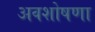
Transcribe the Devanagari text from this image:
अवशोषणा